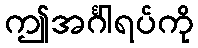
ဤအင်္ဂါရပ်ကို